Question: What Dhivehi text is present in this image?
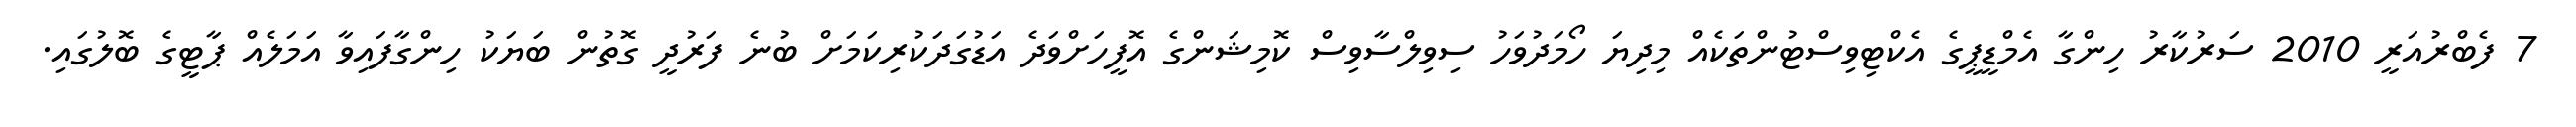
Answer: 7 ފެބްރުއަރީ 2010 ސަރުކާރު ހިންގާ އެމްޑީޕީގެ އެކްޓިވިސްޓުންތަކެއް މިދިޔަ ހޯމަދުވަހު ސިވިލްސާވިސް ކޮމިޝަންގެ އޮފީހަށްވަދެ އަޑުގަދަކުރިކަމަށް ބުނެ ފަރުދީ ގޮތުން ބަޔަކު ހިންގާފައިވާ އަމަލެއް ޕާޓީގެ ބޮލުގައި.